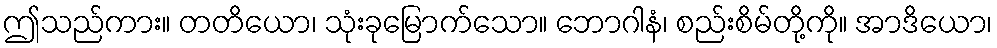
ဤသည်ကား။ တတိယော၊ သုံးခုမြောက်သော။ ဘောဂါနံ၊ စည်းစိမ်တို့ကို။ အာဒိယော၊